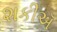
શકીઍ